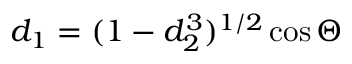
d _ { 1 } = ( 1 - d _ { 2 } ^ { 3 } ) ^ { 1 / 2 } \cos \Theta